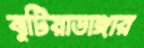
ঝুটিয়াডাঙ্গার